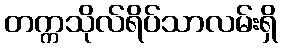
တက္ကသိုလ်ရိပ်သာလမ်းရှိ